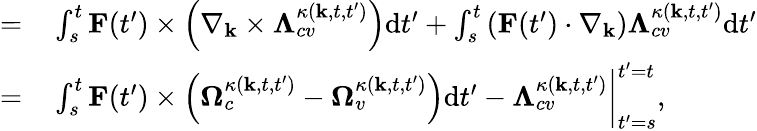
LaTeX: \begin{array}{rl}{=}&{{}\int_{s}^{t}\textbf{F}(t^{\prime})\times\left(\nabla_{\textbf{k}}\times\mathbf{\Lambda}_{cv}^{\kappa\left(\textbf{k},t,t^{\prime}\right)}\right)\mathrm{d}t^{\prime}+\int_{s}^{t}\left(\textbf{F}(t^{\prime})\cdot\nabla_{\textbf{k}}\right)\mathbf{\Lambda}_{cv}^{\kappa\left(\textbf{k},t,t^{\prime}\right)}\mathrm{d}t^{\prime}}\\ {=}&{{}\int_{s}^{t}\textbf{F}(t^{\prime})\times\left(\mathbf{\Omega}_{c}^{\kappa(\textbf{k},t,t^{\prime})}-\mathbf{\Omega}_{v}^{\kappa(\textbf{k},t,t^{\prime})}\right)\mathrm{d}t^{\prime}-\mathbf{\Lambda}_{cv}^{\kappa(\textbf{k},t,t^{\prime})}\bigg|_{t^{\prime}=s}^{t^{\prime}=t},}\end{array}